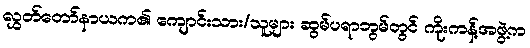
လွှတ်တော်နာယက၏ ကျောင်းသား/သူများ ဆွမ်ပရာဘွမ်တွင် ကိုးကန့်အဖွဲ့က